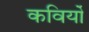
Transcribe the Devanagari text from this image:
कविर्यो